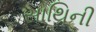
સાથિની